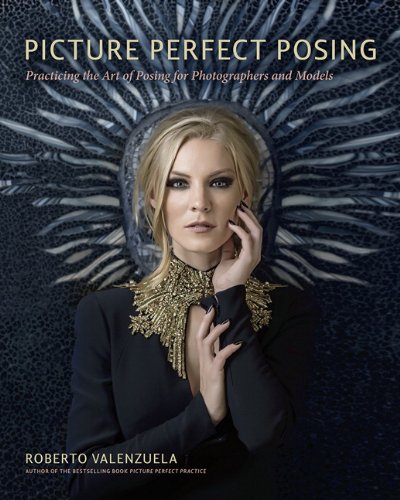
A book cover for Picture Perfect Posing: Practicing the Art of Posing for Photographers and Models (Voices That Matter); Roberto Valenzuela; Arts & Photography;